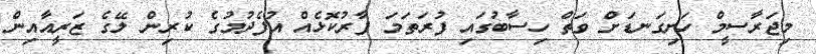
މިޖަރާސީމް ހަށިގަނޑަށް ވަތް ހިސާބުގައި ފުރަތަމަ ފާރުކޮޅެއް އުފެދުމުގެ ކުރިން ލޭގެ ޒަރީއާއިން